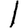
Digit: 1